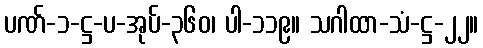
ပဏ်-၁-ဋ္ဌ-ပ-အုပ်-၃၆၀၊ ပါ-၁၁၉။ သဂါထာ-သံ-ဋ္ဌ-၂၂။